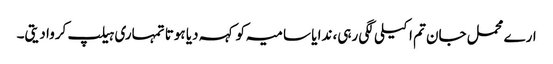
ارے محمل جان تم اکیلی لگی رہی، ندا یا سامیہ کو کہہ دیا ہوتا تمہاری ہیلپ کروا دیتی۔